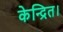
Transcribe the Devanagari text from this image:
केन्द्रित।